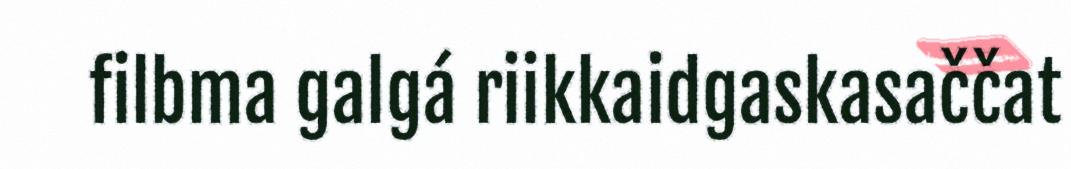
filbma galgá riikkaidgaskasaččat